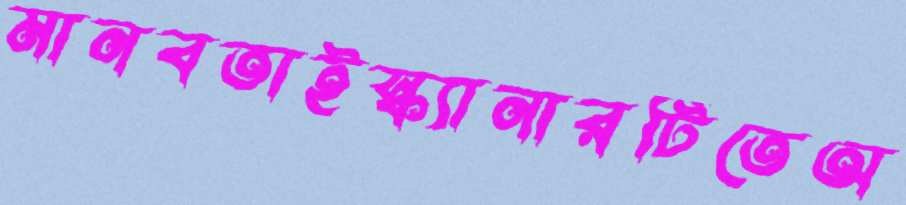
মানবতাইস্ক্যানারটিতেঅ